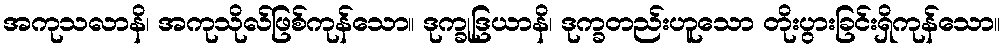
အကုသလာနိ၊ အကုသိုလ်ဖြစ်ကုန်သော။ ဒုက္ခုဒြယာနိ၊ ဒုက္ခတည်းဟူသော တိုးပွားခြင်းရှိကုန်သော။